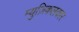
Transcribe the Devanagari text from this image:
म्युज़िकलकार